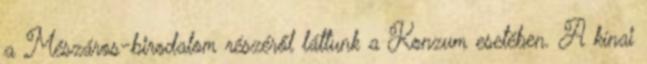
a Mészáros-birodalom részéről láttunk a Konzum esetében. A kínai